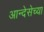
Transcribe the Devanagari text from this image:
आन्देसेच्या